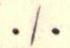
. / .